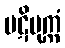
ပဋိမုက္ကံ